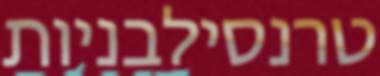
טרנסילבניות